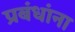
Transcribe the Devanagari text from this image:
प्रबंधांना